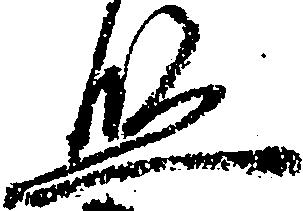
監